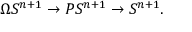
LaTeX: \Omega S ^ { n + 1 } \to P S ^ { n + 1 } \to S ^ { n + 1 } .